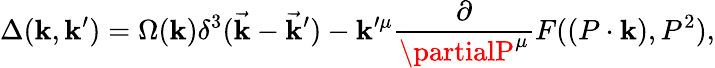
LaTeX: \Delta(\mathbf{k},\mathbf{k}^{\prime})=\Omega(\mathbf{k})\delta^{3}(\vec{{\mathbf{k}}}-\vec{{\mathbf{k}}}^{\prime})-\mathbf{k}^{\prime\mu}\frac{\partial}{{\partialP^{\mu}}}F((P\cdot\mathbf{k}),P^{2}),